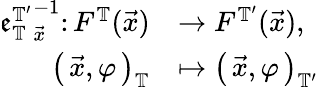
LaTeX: \begin{array}{rl}{{\mathfrak{e}_{\mathbb{T}}^{\mathbb{T}^{\prime}}}_{\vec{x}}^{-1}\colon F^{\mathbb{T}}(\vec{x})}&{\rightarrow F^{\mathbb{T}^{\prime}}(\vec{x}),}\\ {\left(\, \vec{{x}},{\varphi}\, \right)_{\mathbb{T}}}&{\mapsto\left(\, \vec{{x}},{\varphi}\, \right)_{\mathbb{T}^{\prime}}}\end{array}